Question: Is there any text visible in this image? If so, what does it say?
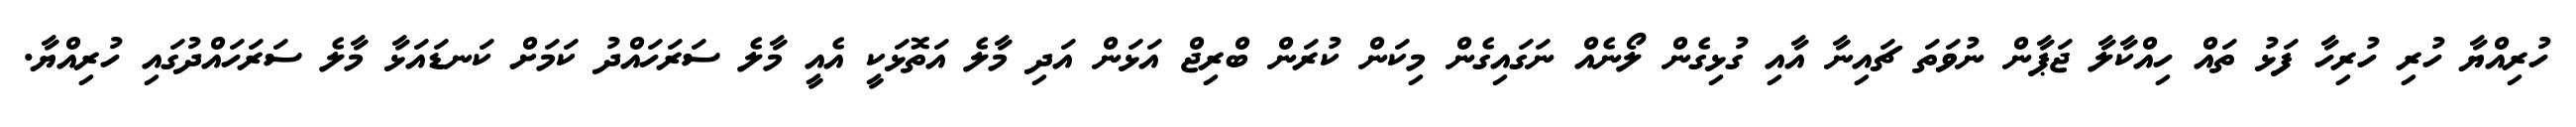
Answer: ހުރިއްޔާ ހުރި ހުރިހާ ފަޅު ތައް ހިއްކާލާ ޖަޕާން ނުވަތަ ޗައިނާ އާއި ގުޅިގެން ލޯނެއް ނަގައިގެން މިކަން ކުރަން ބްރިޖް އަޅަން އަދި މާލެ އަތޮޅަކީ އެއީ މާލެ ސަރަހައްދު ކަމަށް ކަނޑައަޅާ މާލެ ސަރަހައްދުގައި ހުރިއްޔާ.